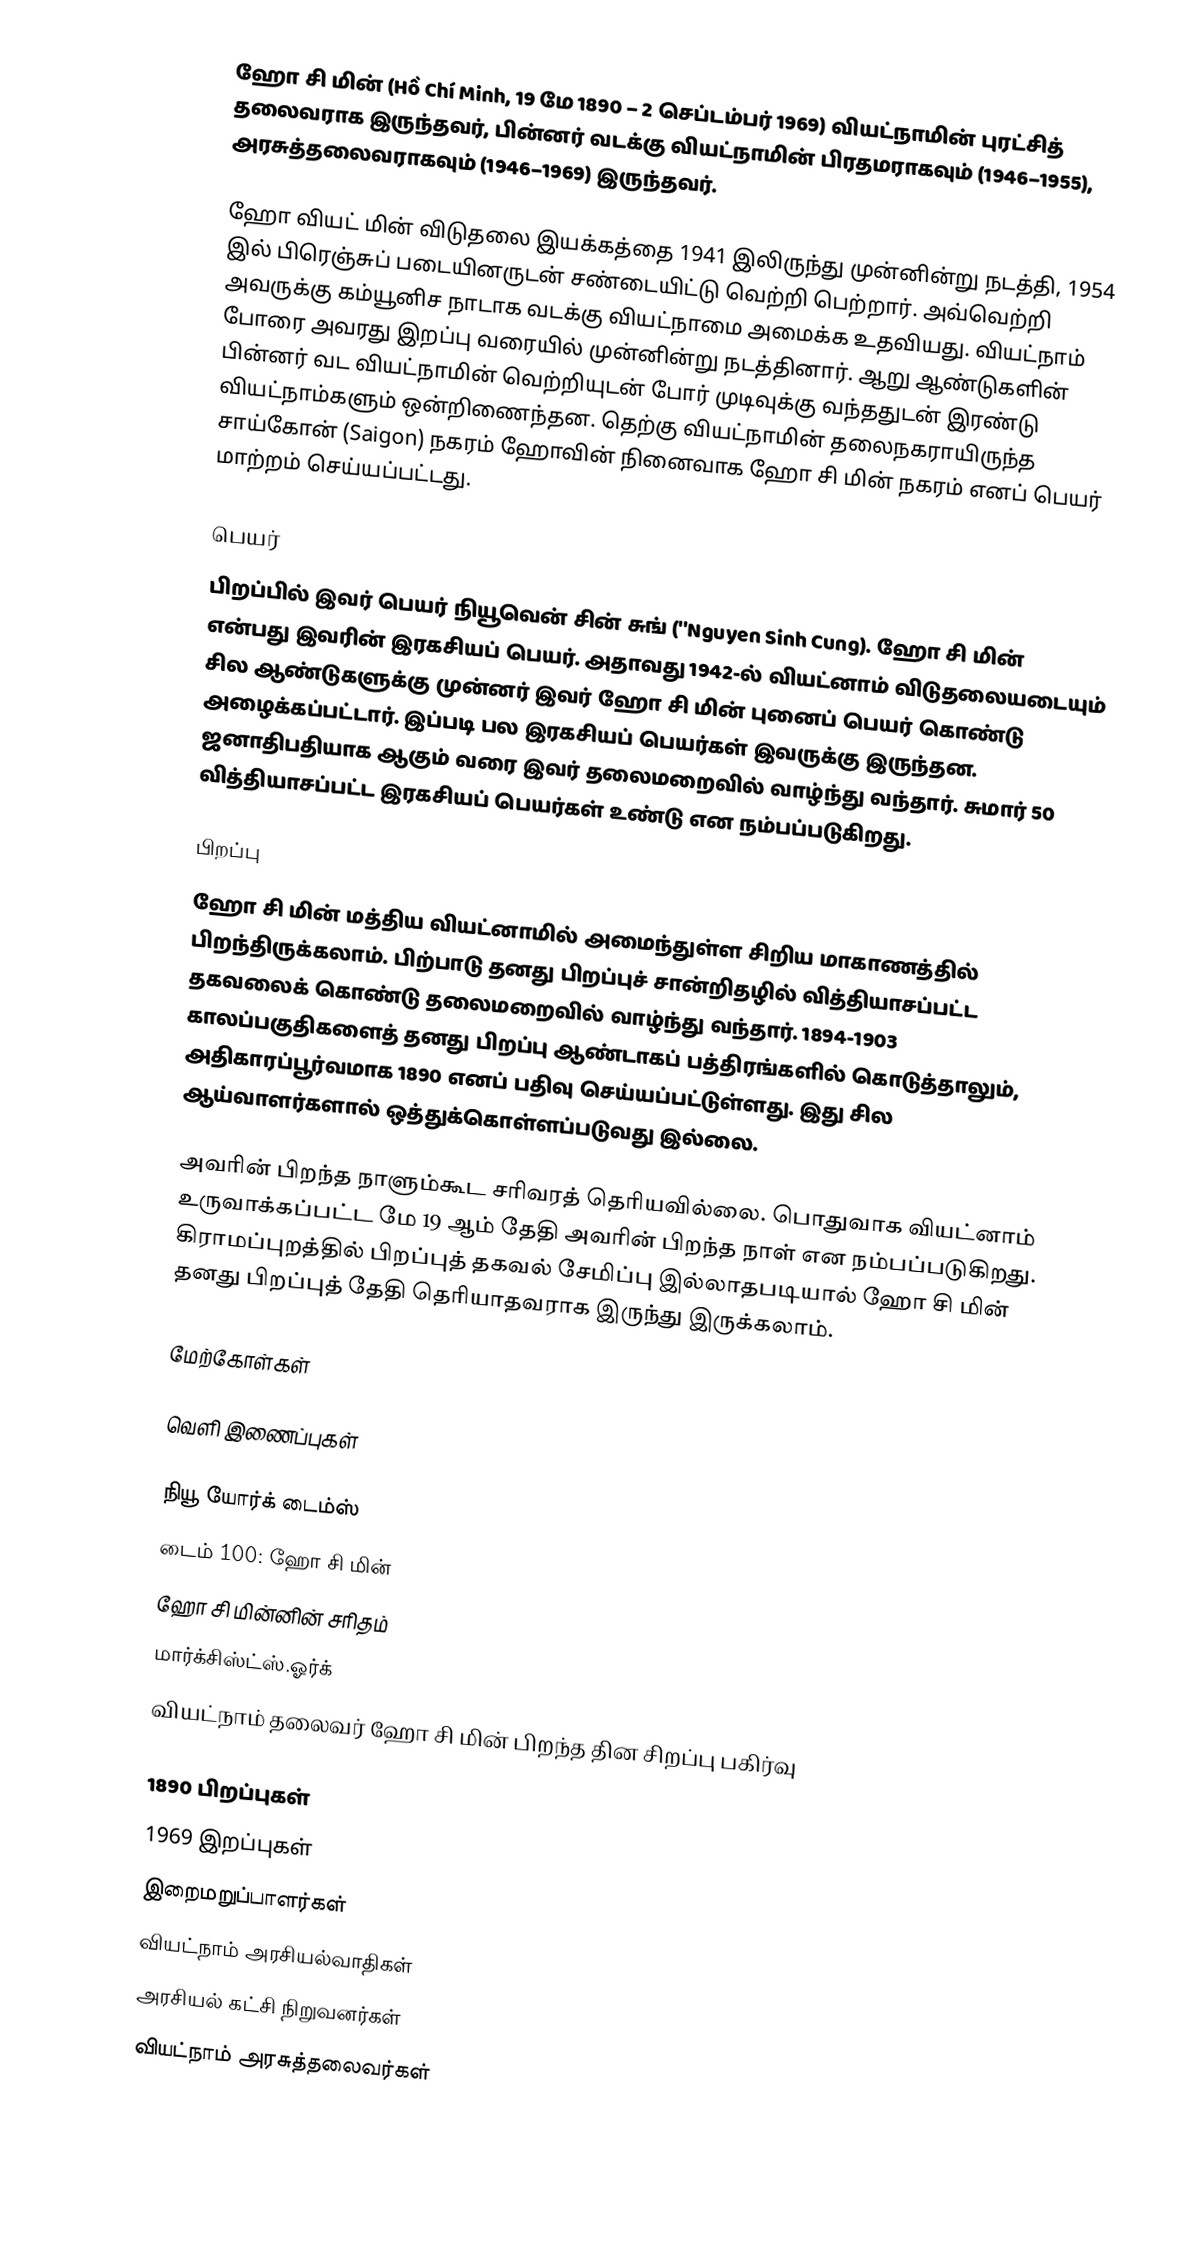
ஹோ சி மின் (Hồ Chí Minh, 19 மே 1890 – 2 செப்டம்பர் 1969) வியட்நாமின் புரட்சித் தலைவராக இருந்தவர், பின்னர் வடக்கு வியட்நாமின் பிரதமராகவும் (1946–1955), அரசுத்தலைவராகவும் (1946–1969) இருந்தவர்.

ஹோ வியட் மின் விடுதலை இயக்கத்தை 1941 இலிருந்து முன்னின்று நடத்தி, 1954 இல் பிரெஞ்சுப் படையினருடன் சண்டையிட்டு வெற்றி பெற்றார். அவ்வெற்றி அவருக்கு கம்யூனிச நாடாக வடக்கு வியட்நாமை அமைக்க உதவியது. வியட்நாம் போரை அவரது இறப்பு வரையில் முன்னின்று நடத்தினார். ஆறு ஆண்டுகளின் பின்னர் வட வியட்நாமின் வெற்றியுடன் போர் முடிவுக்கு வந்ததுடன் இரண்டு வியட்நாம்களும் ஒன்றிணைந்தன. தெற்கு வியட்நாமின் தலைநகராயிருந்த சாய்கோன் (Saigon) நகரம் ஹோவின் நினைவாக ஹோ சி மின் நகரம் எனப் பெயர் மாற்றம் செய்யப்பட்டது.

பெயர்
பிறப்பில் இவர் பெயர் நியூவென் சின் சுங் (''Nguyen Sinh Cung). ஹோ சி மின் என்பது இவரின் இரகசியப் பெயர். அதாவது 1942-ல் வியட்னாம் விடுதலையடையும் சில ஆண்டுகளுக்கு முன்னர் இவர் ஹோ சி மின்  புனைப் பெயர் கொண்டு அழைக்கப்பட்டார்.  இப்படி பல இரகசியப் பெயர்கள் இவருக்கு இருந்தன. ஜனாதிபதியாக ஆகும் வரை இவர் தலைமறைவில் வாழ்ந்து வந்தார். சுமார் 50 வித்தியாசப்பட்ட  இரகசியப் பெயர்கள் உண்டு என நம்பப்படுகிறது.

பிறப்பு
ஹோ சி மின் மத்திய வியட்னாமில் அமைந்துள்ள சிறிய மாகாணத்தில் பிறந்திருக்கலாம். பிற்பாடு தனது பிறப்புச் சான்றிதழில் வித்தியாசப்பட்ட தகவலைக் கொண்டு தலைமறைவில் வாழ்ந்து வந்தார். 1894-1903 காலப்பகுதிகளைத் தனது பிறப்பு ஆண்டாகப் பத்திரங்களில் கொடுத்தாலும், அதிகாரப்பூர்வமாக 1890 எனப் பதிவு செய்யப்பட்டுள்ளது. இது சில ஆய்வாளர்களால் ஒத்துக்கொள்ளப்படுவது  இல்லை.

அவரின் பிறந்த நாளும்கூட சரிவரத் தெரியவில்லை. பொதுவாக வியட்னாம் உருவாக்கப்பட்ட மே 19 ஆம் தேதி அவரின் பிறந்த நாள் என நம்பப்படுகிறது. கிராமப்புறத்தில் பிறப்புத் தகவல் சேமிப்பு இல்லாதபடியால் ஹோ சி மின் தனது பிறப்புத் தேதி தெரியாதவராக இருந்து இருக்கலாம்.

மேற்கோள்கள்

வெளி இணைப்புகள்

 நியூ யோர்க் டைம்ஸ்
 டைம் 100: ஹோ சி மின்
 ஹோ சி மின்னின் சரிதம்
 மார்க்சிஸ்ட்ஸ்.ஓர்க்
 வியட்நாம் தலைவர் ஹோ சி மின் பிறந்த தின சிறப்பு பகிர்வு

1890 பிறப்புகள்
1969 இறப்புகள்
இறைமறுப்பாளர்கள்
வியட்நாம் அரசியல்வாதிகள்
அரசியல் கட்சி நிறுவனர்கள்
வியட்நாம் அரசுத்தலைவர்கள்